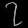
Digit: ၇